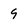
Character: 9